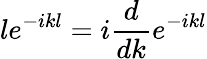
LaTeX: le^{-ikl}=i\frac{d}{dk}e^{-ikl}